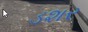
ડશર